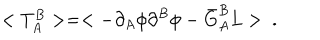
LaTeX: < T _ { A } ^ { B } > = < - \partial _ { A } \phi \partial ^ { B } \phi - \bar { G } _ { A } ^ { B } L > \ .